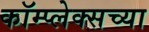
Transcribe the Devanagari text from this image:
कॉम्प्लेक्सच्या